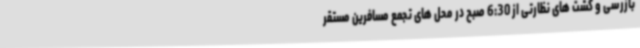
بازرسی و گشت های نظارتی از 6:30 صبح در محل های تجمع مسافرین مستقر